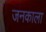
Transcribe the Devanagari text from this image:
जनकाला